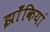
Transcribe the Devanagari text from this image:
झाँकियां